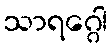
သာရဂ္ဂေါ